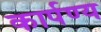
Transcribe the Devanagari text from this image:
कार्पण्य